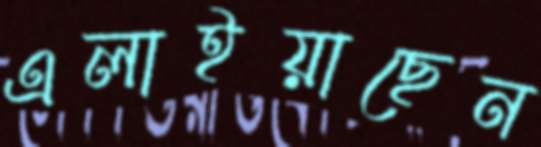
এলাইয়াছেন